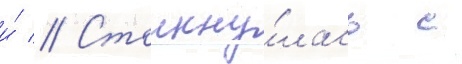
и́ // Столкну́лась с